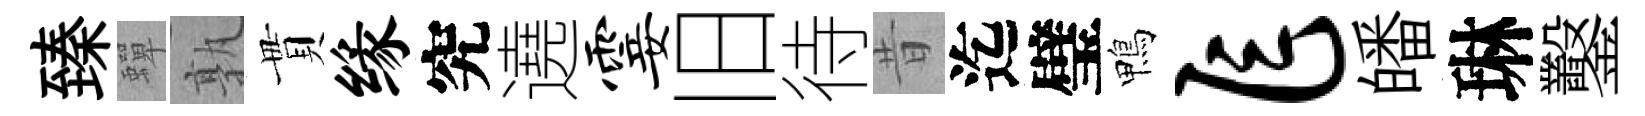
臻蟬孰貫缘究遶霎旧待昔迄璧鴨乍皤琳鑿